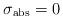
LaTeX: \begin{align*}\sigma_{\rm abs} = 0 \end{align*}